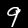
Label: 9